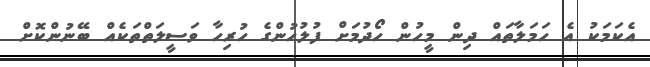
އެކަމަކު އެ ހަމަލާތައް ދިން މީހުން ހޯދުމަށް ފުލުހުންގެ ހުރިހާ ވަސީލަތްތަކެއް ބޭނުންކޮށް